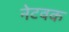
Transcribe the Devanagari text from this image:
नेटवक